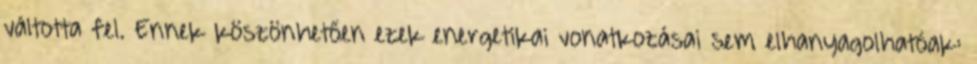
váltotta fel. Ennek köszönhetően ezek energetikai vonatkozásai sem elhanyagolhatóak: